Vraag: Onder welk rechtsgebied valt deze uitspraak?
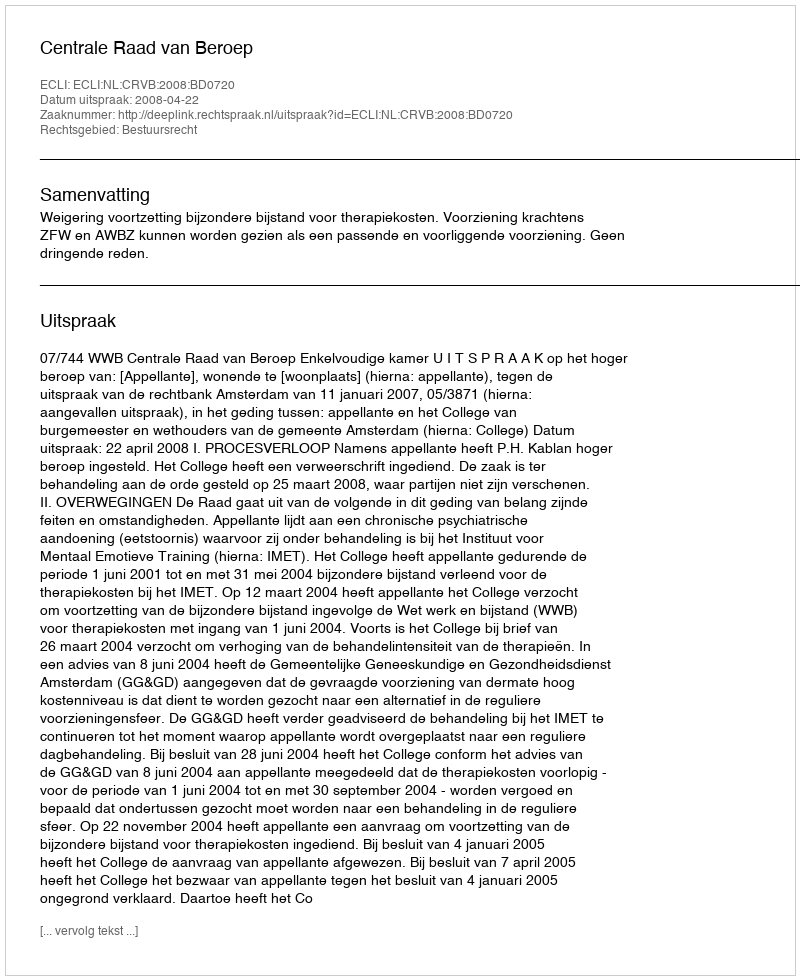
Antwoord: Bestuursrecht